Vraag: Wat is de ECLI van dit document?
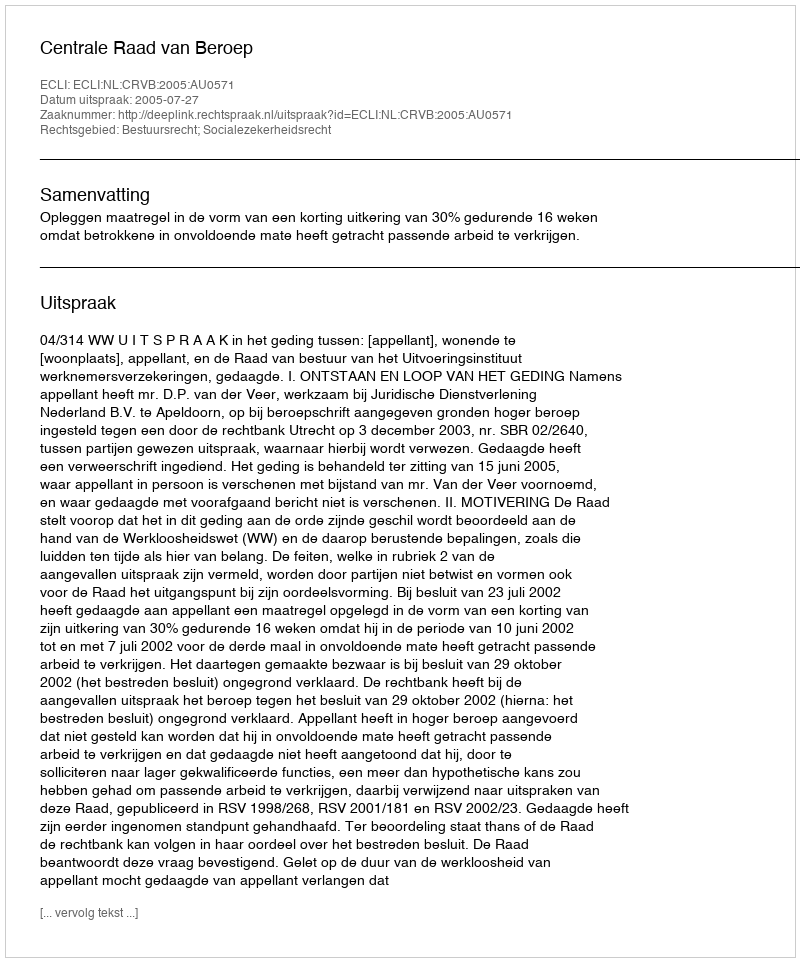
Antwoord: ECLI:NL:CRVB:2005:AU0571